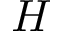
H